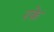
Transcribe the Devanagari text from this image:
रके